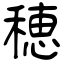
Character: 穂